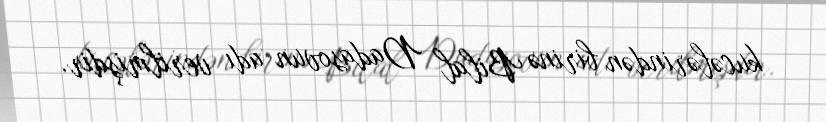
kucələrindən birinə Bilal Dadasovun adı verilmişdir.